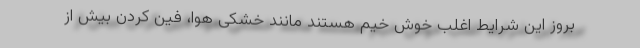
بروز این شرایط اغلب خوش خیم هستند مانند خشکی هوا، فین کردن بیش از